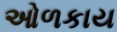
ઓળકાય